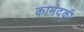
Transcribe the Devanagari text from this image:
कामंदकी